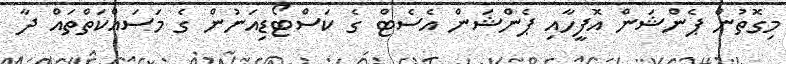
މިގޮތުން ޕެންޝަން އޮފީހާއި ޕެންޝަން އެސެޓް ގެ ކަސްޓޯޑިއަނުން ގެ މަސައްކަތްތައް ދާ